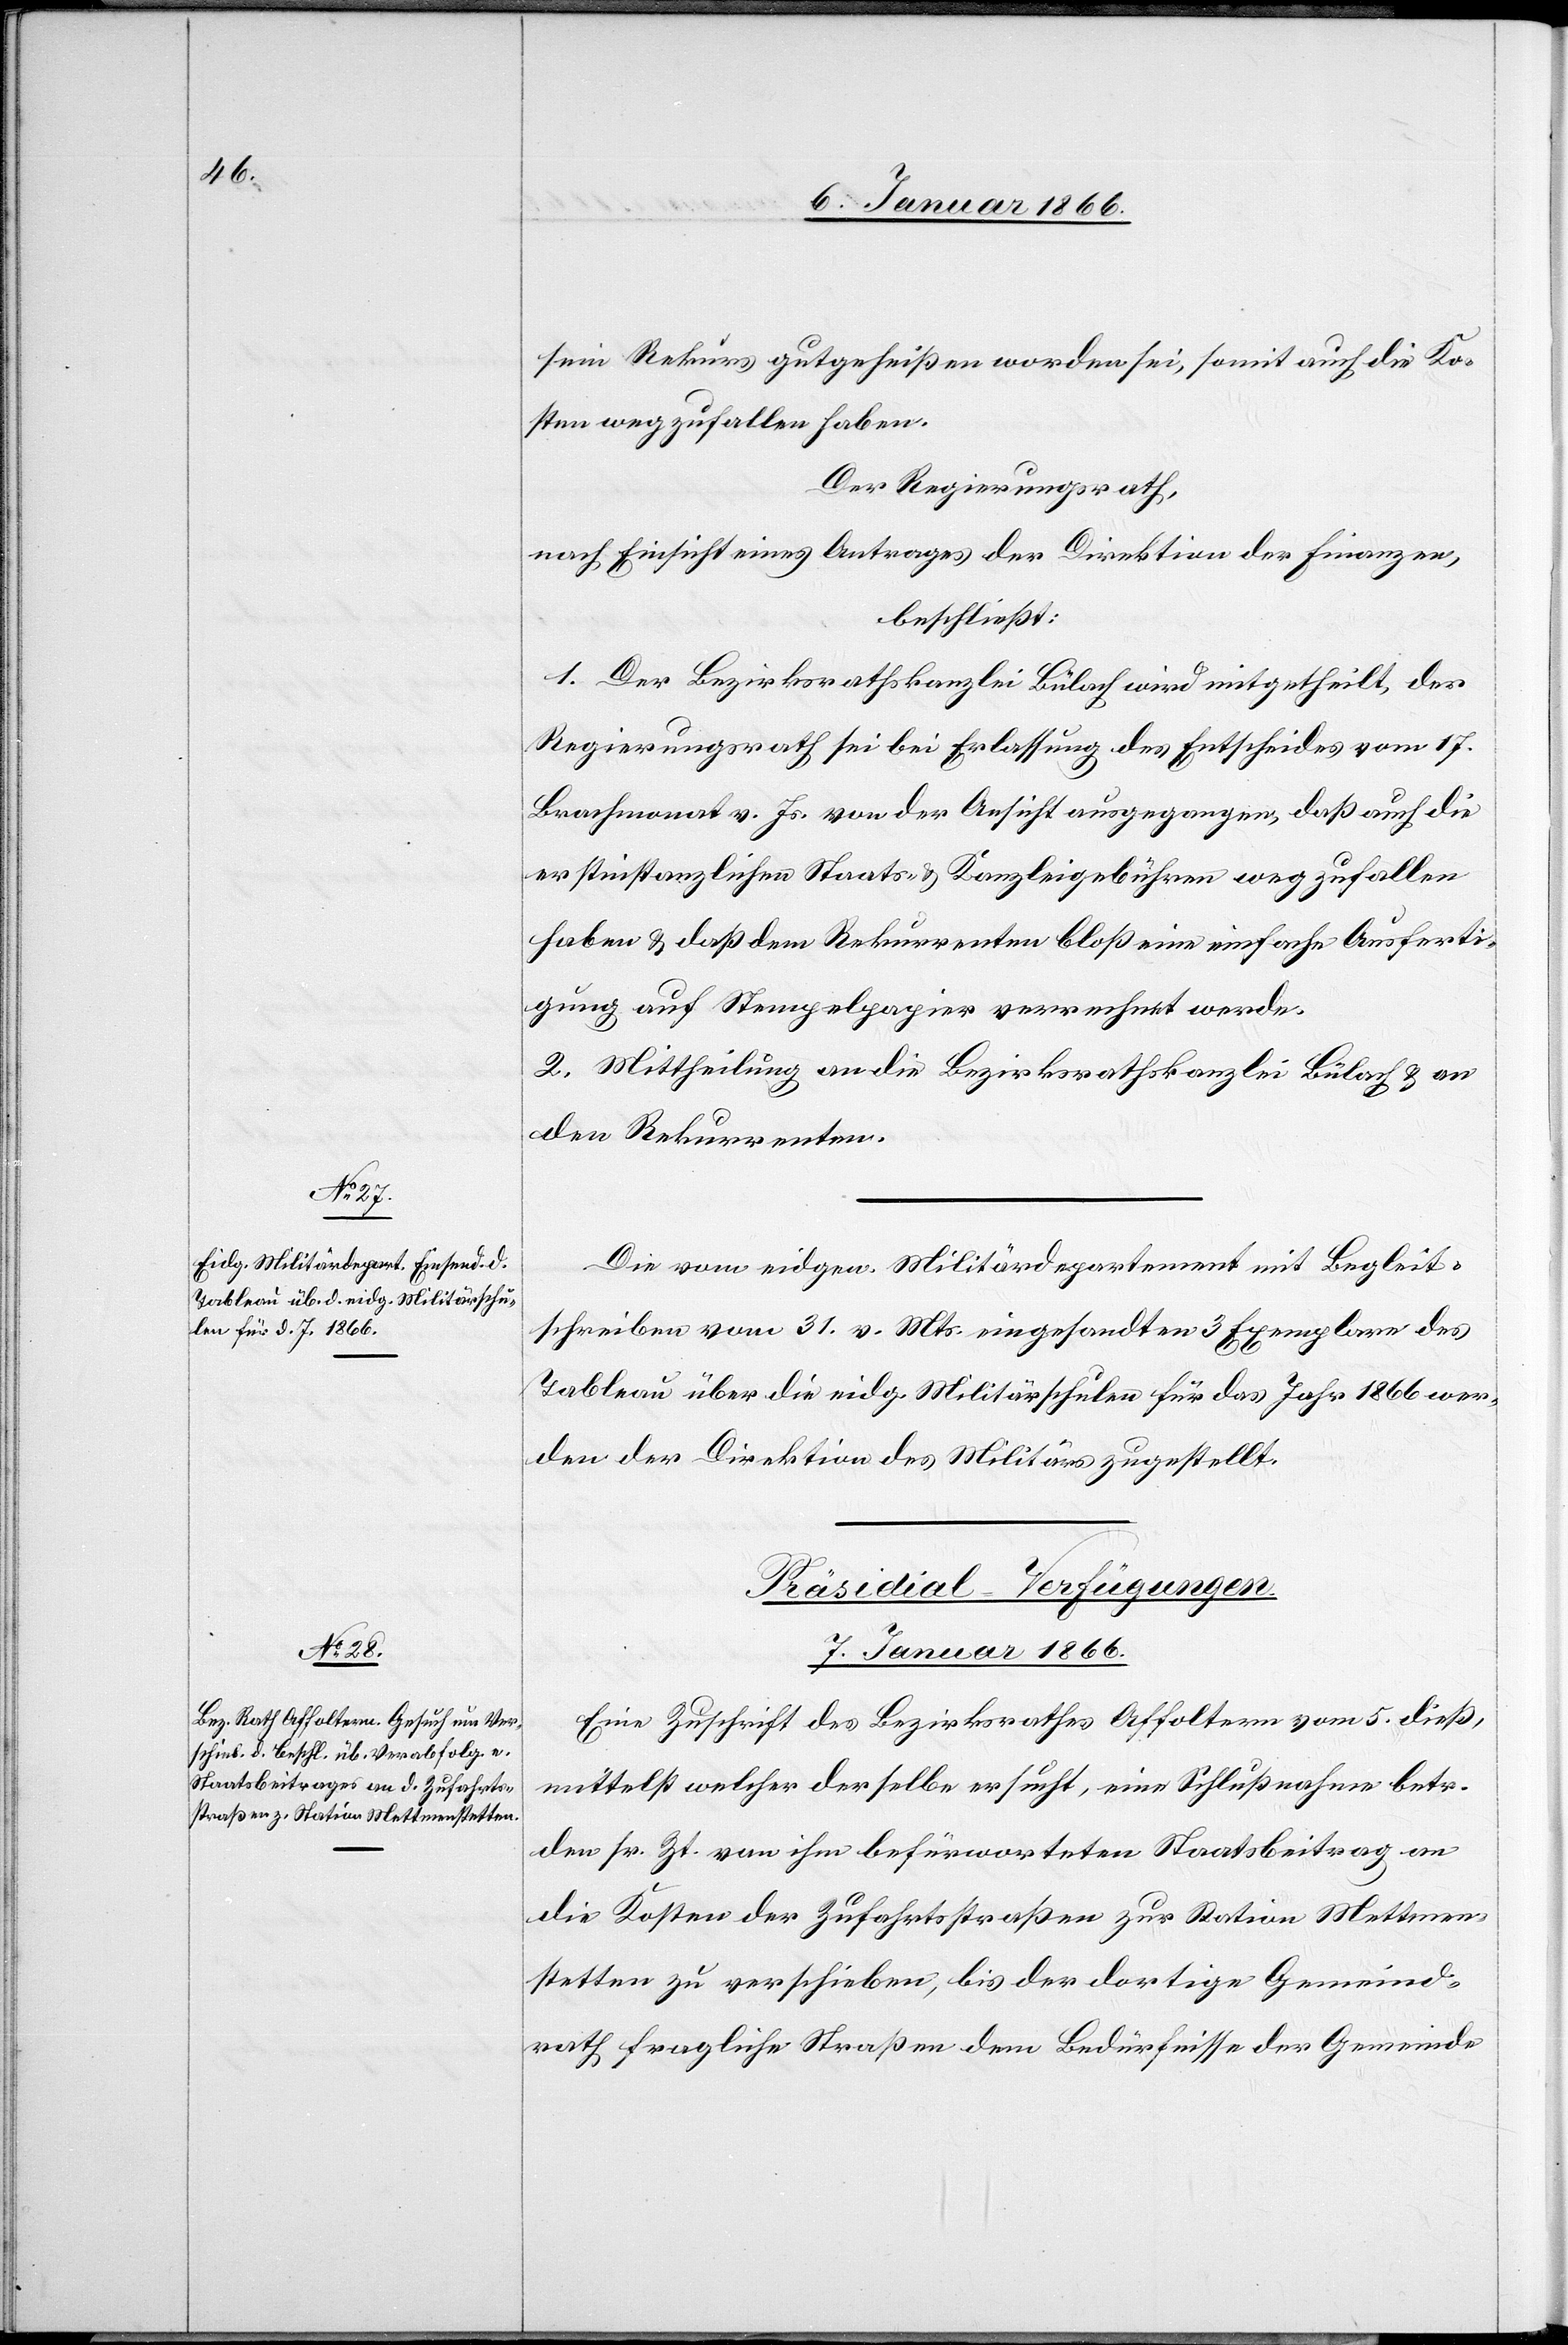
sein Rekurs gutgeheissen worden sei, somit auch die Ko¬
sten wegzufallen haben.
Der Regierungsrath,
nach Einsicht eines Antrages der Direktion der Finanzen,
beschließt:
1. Der Bezirksrathskanzlei Bülach wird mitgetheilt, der
Regierungsrath sei bei Erlassung des Entscheides vom 17.
Brachmonat v. Js. von der Ansicht ausgegangen, daß auch die
erstinstanzlichen Staats- u. Kanzleigebühren wegzufallen
haben u. daß dem Rekurrenten bloß eine einfache Ausferti¬
gung auf Stempelpapier verrechnet werde.
2. Mittheilung an die Bezirksrathskanzlei Bülach u. an
den Rekurrenten.
Die vom eidgen. Militärdepartement mit Begleit¬
schreiben vom 31. v. Mts. eingesandten 3 Exemplare des
Tableau über die eidg. Militärschulen für das Jahr 1866 wer¬
den der Direktion des Militärs zugestellt.
Präsidial-Verfügungen.
7. Januar 1866.
Eine Zuschrift des Bezirksrathes Affoltern vom 5. dieß,
mittels welcher derselbe ersucht, eine Schlußnahme betr.
den sr. Zt. von ihm befürworteten Staatsbeitrag an
die Kosten der Zufahrtsstraßen zur Station Mettmen¬
stetten zu verschieben, bis der dortige Gemeind¬
rath fragliche Straßen dem Bedürfnisse der Gemeinde